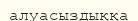
алуасыздыққа